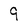
Character: 9